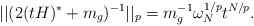
\begin{align*}||(2(tH)^{*}+m_{g})^{-1}||_{p}=m_{g}^{-1}\omega _{N}^{1/p}t^{N/p}.\end{align*}